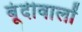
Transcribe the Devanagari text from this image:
बूंदीवालों